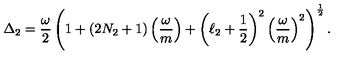
\Delta _ { 2 } = { \frac { \omega } { 2 } } \left( 1 + ( 2 N _ { 2 } + 1 ) \left( { \frac { \omega } { m } } \right) + \left( \ell _ { 2 } + { \frac { 1 } { 2 } } \right) ^ { 2 } \left( { \frac { \omega } { m } } \right) ^ { 2 } \right) ^ { { \frac { 1 } { 2 } } } .